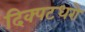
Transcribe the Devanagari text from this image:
दिक्पटधरो